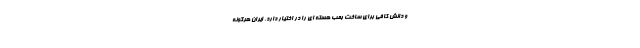
و دانش کافی برای ساخت بمب هسته ای را در اختیار دارد. ایران هرگونه